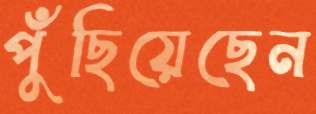
পুঁছিয়েছেন